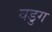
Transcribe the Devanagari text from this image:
वडुग